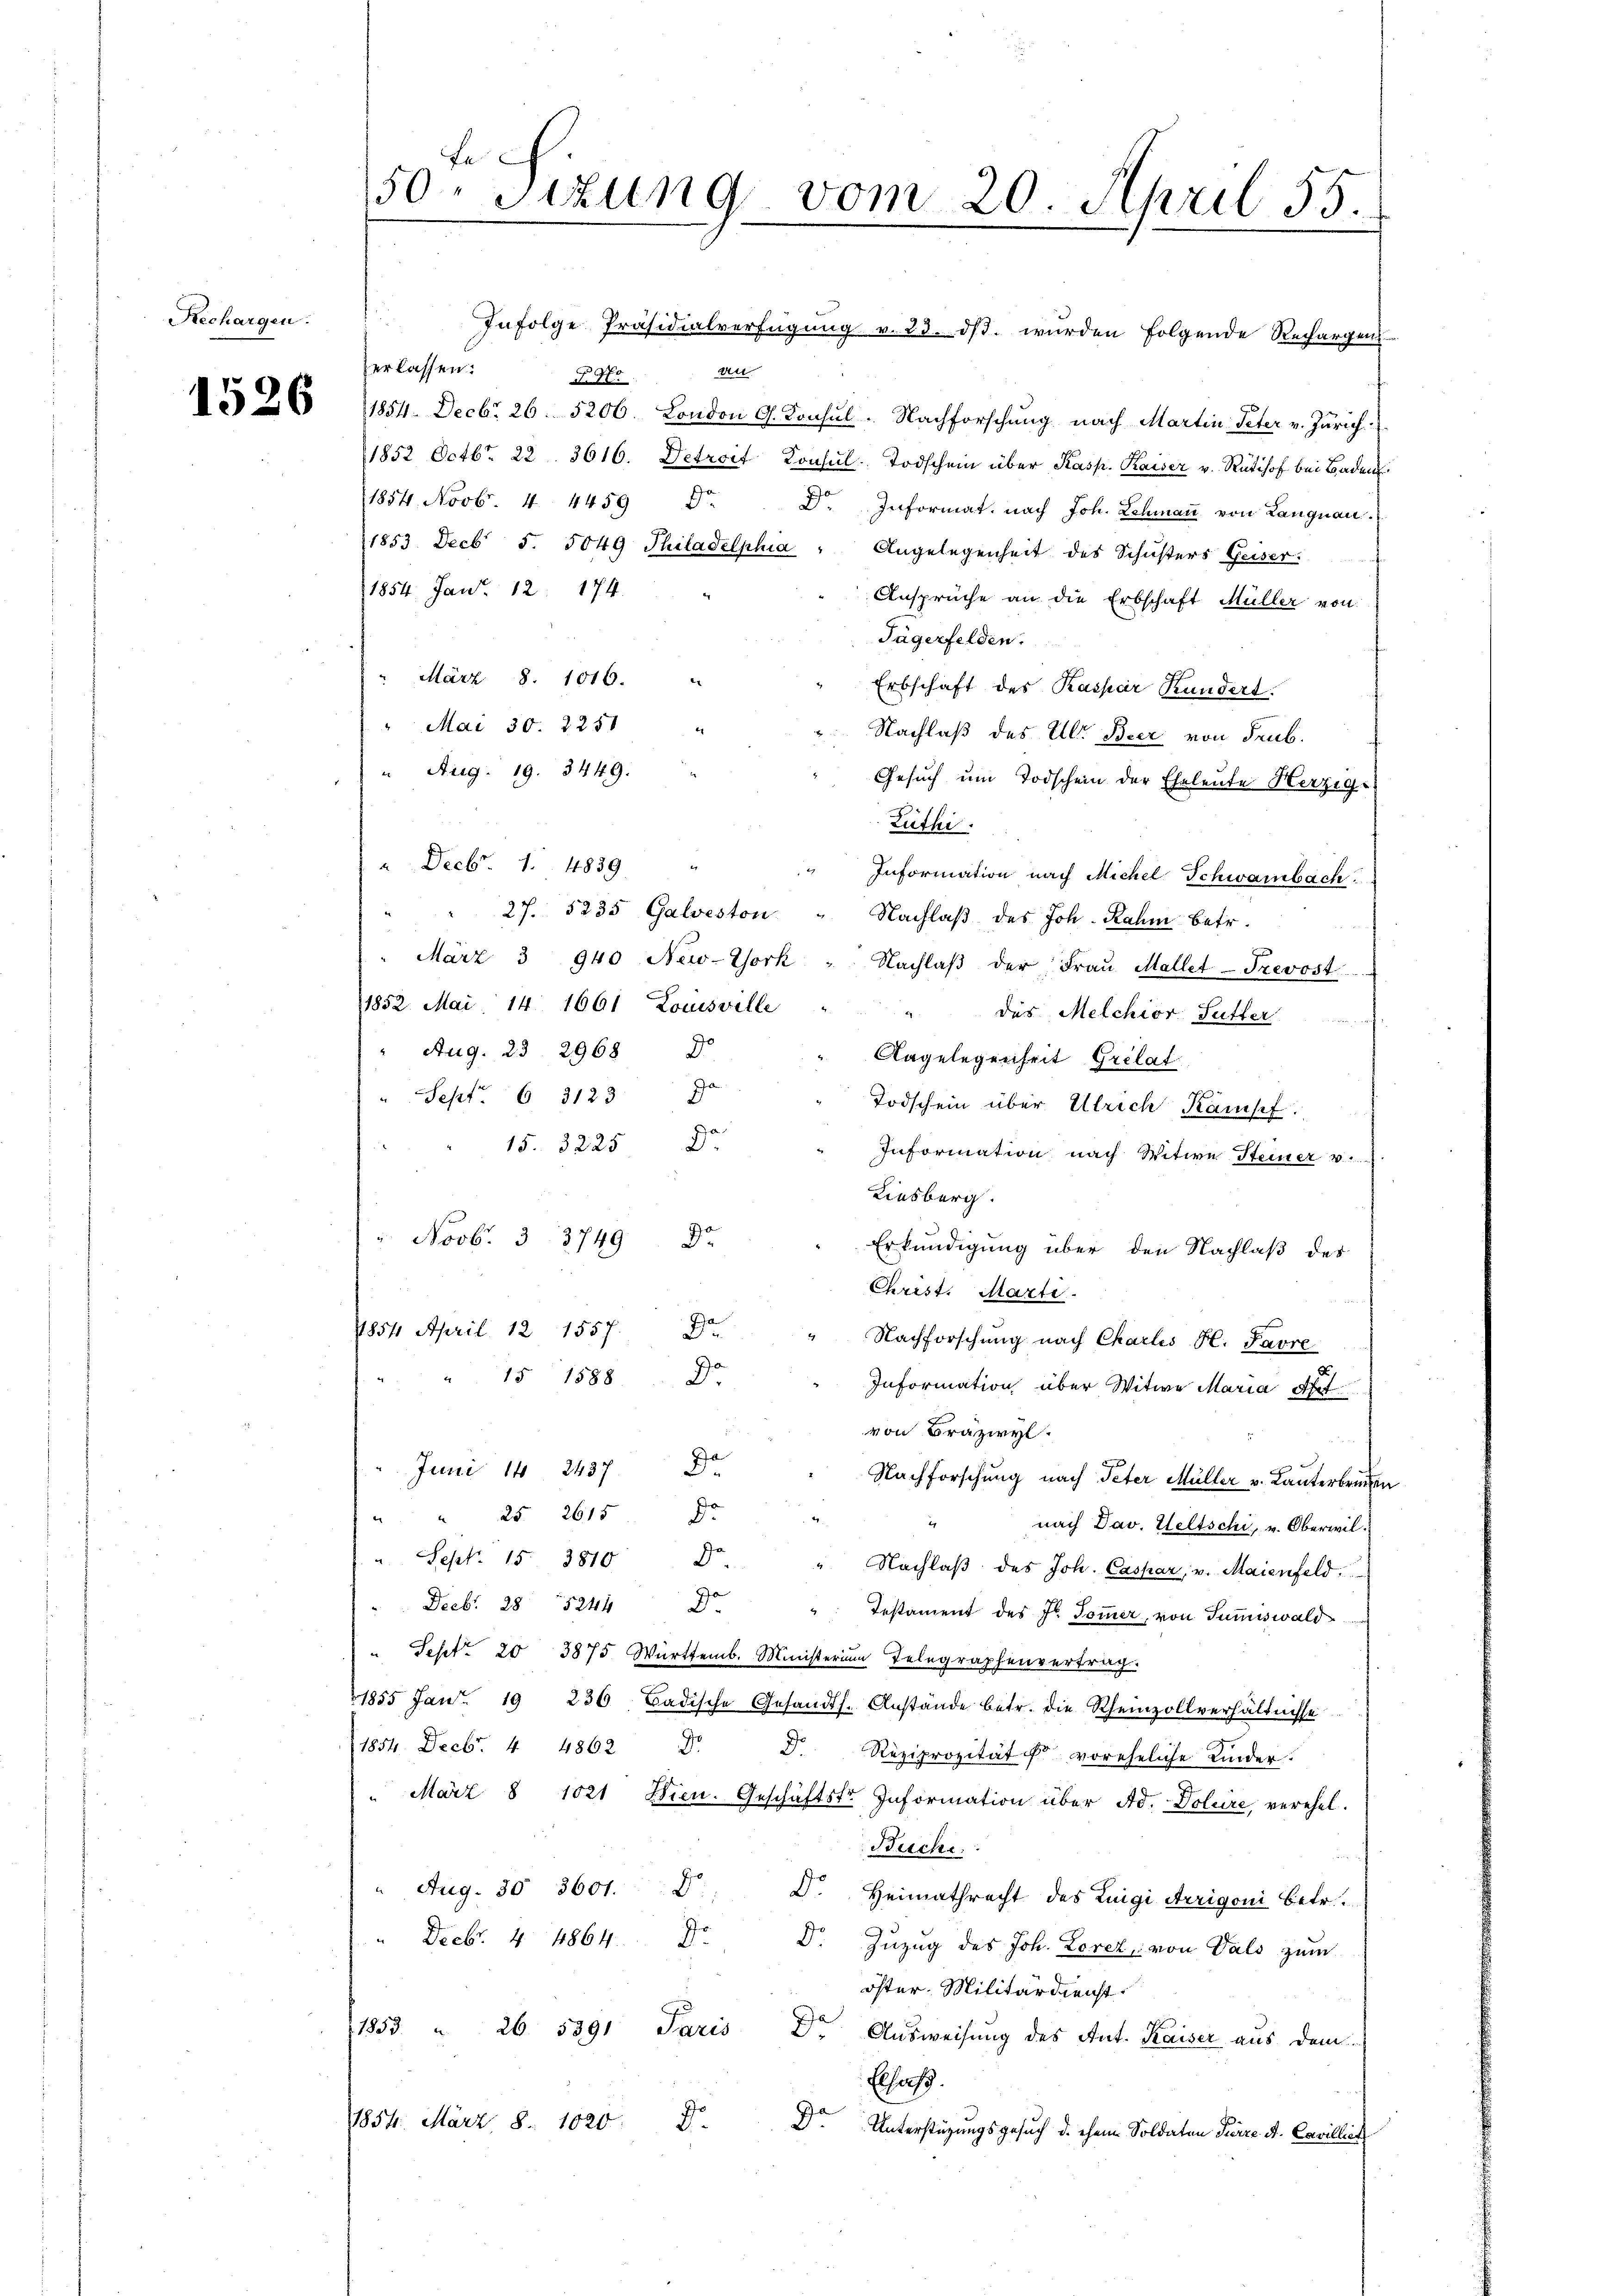
Rechargen.

1526

s
Infolge Präsidialverfügung v. 23. ds. wurden folgende Rechargen
erlassen:
an
§ No
1854. Decbr. 26. 5206. London G. Konsul - Nachforschung nach Martin Peter v. Zürich.
1852 Octbr. 22. 3616. Detroit Konsul Todschein über Kasp. Kaiser v. Rütihof bei Baden
1854. Novb. 1 4459 d. Dr. Informat nach Joh. Lehmaṅ von Langnau.
1853 Decb 5. 5049 Thiladelphia " Angelegenheit des Schusters Geiser.
1854 Janr. 12. 174.
Ansprüche an die Erbschaft Müller von
Tägerfelden.
 März 8. 1016. "
Erbschaft des Kaspar Kundert.
" Mai 30. 2250
Nachlaß des Ulr. Beer von Frub.
" Aug. 19. 3449.
Gesuch um Todschein der Eheleute Herzig-
Zuthi
" Decbr. 1. 4839.
Information nach Michel Schwarnbach
 27. 5235 Galveston
Nachlaß des Joh. Rahm betr.
März 3 940 New-York " Nachlaβ der Fraŭ Mallet-Trevost
1852. Mai 14. 1661 Louisville
" des Melchior Sutter
Aug. 23. 2968 Jo
Angelegenheit Grelat
" Sept. 6 3123
Todschein über Ulrich Kampf
15. 3225 Dr
Information nach Witwe Steiner v
Riesberg.
" Novb. 3 3749 Dr
Erkundigung über den Nachlaß des
Christ. Marte.
1854 April 12 1557. Dr.
Nachforschung nach Charlis H. Favre
" 15 1588
Dr
Information über Witwe Maria Art.
von Bräzwyl.
7
3
 Juni 142437
Nachforschung nach Peter Müller v. Lanterbruchen
" " 25 2615 Ja
nach Dav. Seltschi, v. Oberwil¬
2
 Sept. 15. 3810 Ja
" Nachlaß des Joh. Caspar, v. Maienfeld.
" Decbr. 28 524 D. ": Testament des Fr. Soṁer, von Summiswald
" Sept. 20 3875 Württemb. Ministerium Telegraphenvertrag.
1855 Jan. 19 236. Badische Gesandts. Anstände betr. die Rheinzollverhältnisse
11854. Decb. 4 4862 d
D. Reziprozität ist voreheliche Kinder.
 März 8 1021 Dien. Geschäftstr. Information über Ad. Doleire, verehel.
Buche.
Aug. 30 3601. D D. Heimathrecht des Luigi Aerigoni betr.
" Decbr. 4. 4864 Dr. D. Zŭzŭg des Joh. Lorez von Vals zŭm
öster. Militärdienst.
1853 " 26. 5391 Paris Dr Aŭsweisung des Ant. Kaiser aus dem
Elsaß.
1854. März 8. 1020 D
Dr Unterstüzungsgesuch d. chem Soldaten Parze A. Cavillich

50 Sizung vom 20. April 55.